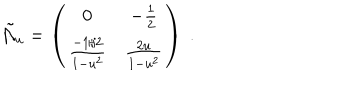
\tilde { \cal A } _ { u } = \left( \begin{matrix} { { 0 } } & { { - { \frac { 1 } { 2 } } } } \\ { { { \frac { - 1 / 2 } { 1 - u ^ { 2 } } } } } & { { { \frac { 2 u } { 1 - u ^ { 2 } } } } } \\ \end{matrix} \right) \ .